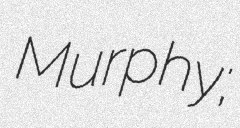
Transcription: Murphy;